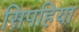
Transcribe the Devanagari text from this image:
सिपहिया